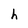
Character: h